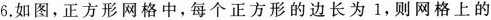
6.如图，正方形网格中，每个正方形的边长为1，则网格上的